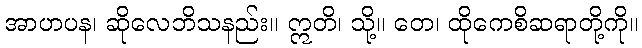
အာဟပန၊ ဆိုလေဘိသနည်း။ ဣတိ၊ သို့။ တေ၊ ထိုကေစိဆရာတို့ကို။